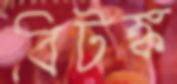
বিটঙ্ক